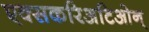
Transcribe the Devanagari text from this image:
एक्सकरिअटिओन्